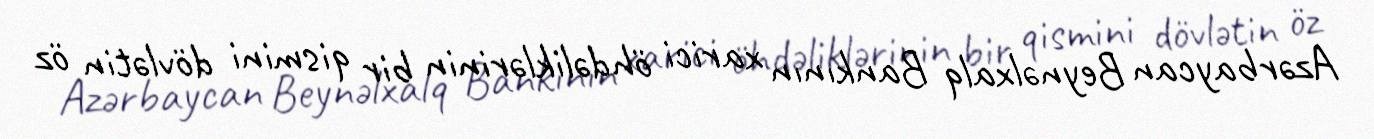
Azərbaycan Beynəlxalq Bankının xarici öhdəliklərinin bir qismini dövlətin öz